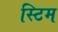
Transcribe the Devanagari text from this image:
स्टिम